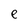
Character: e